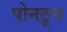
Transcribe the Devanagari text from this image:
पोनटून